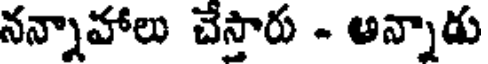
నన్నాహాలు చేస్తారు - అన్నాడు